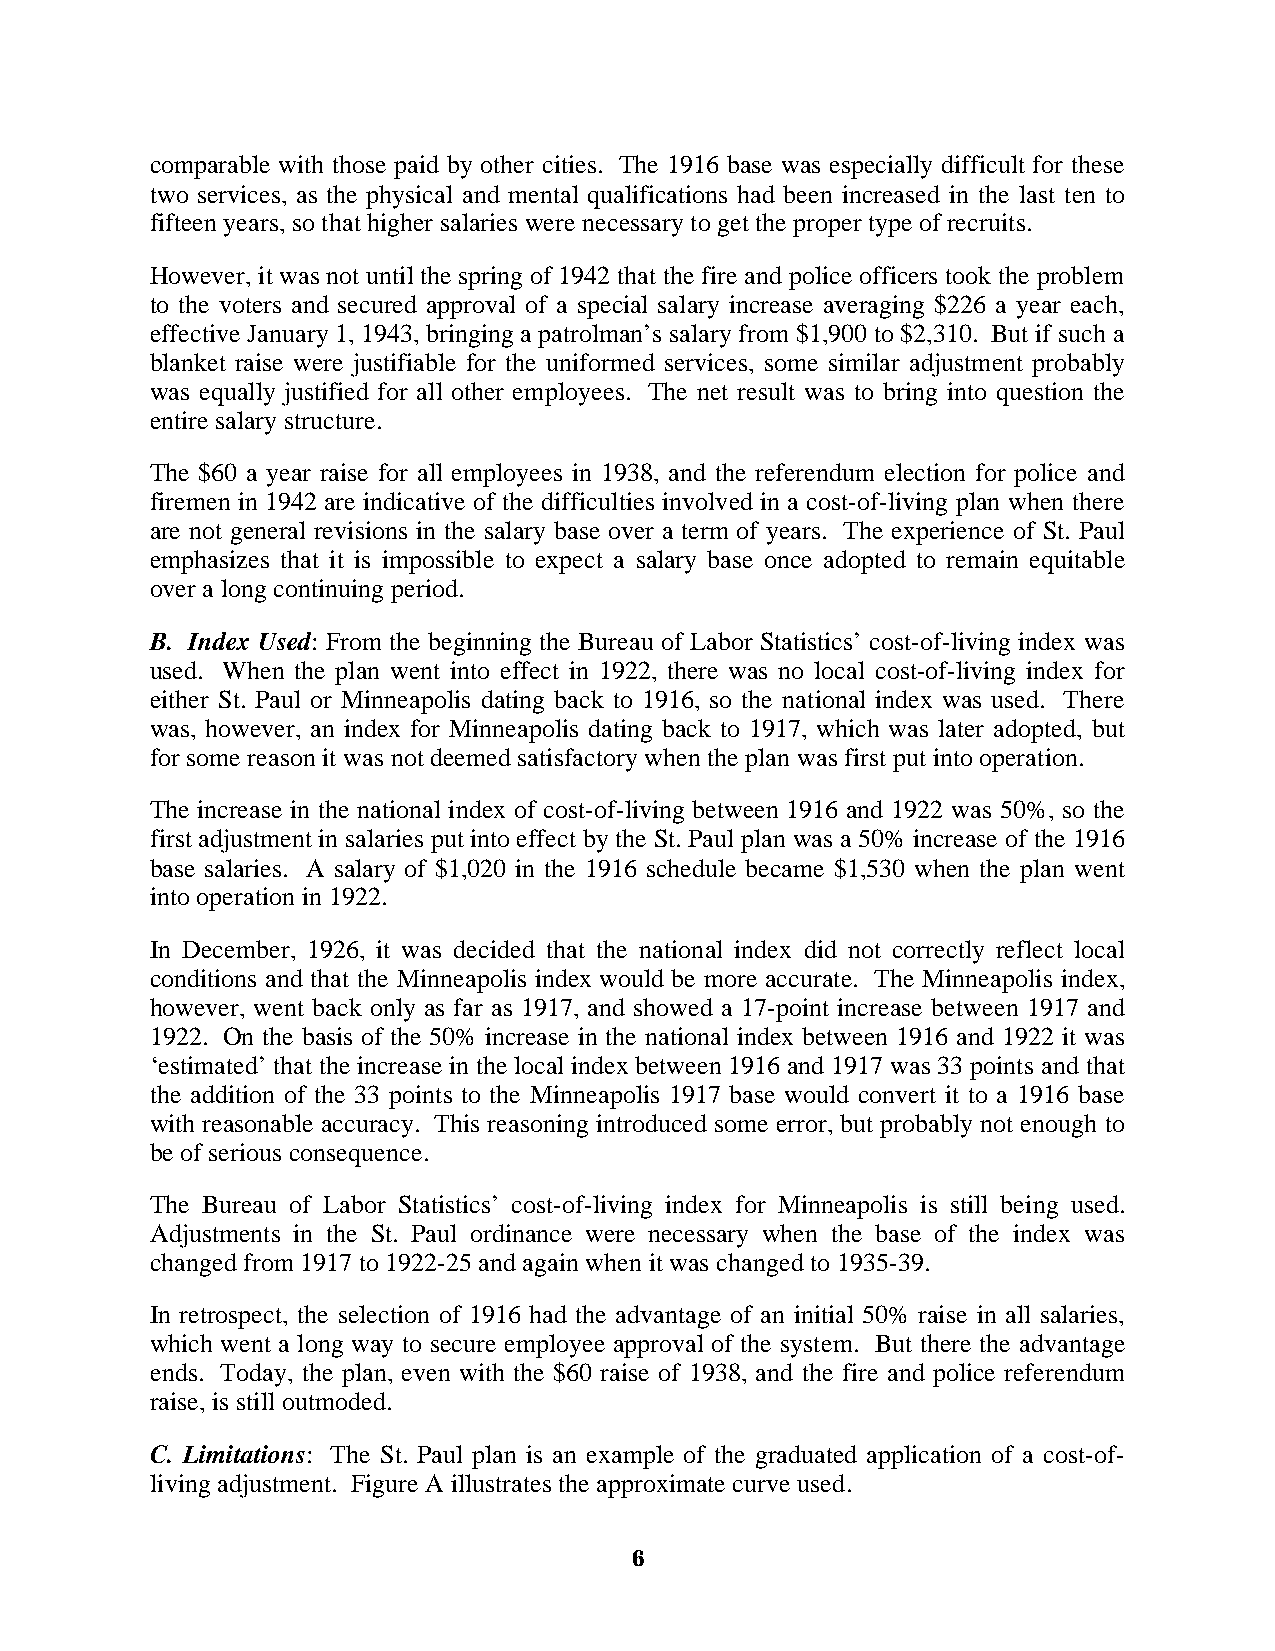
comparable with those paid by other cities. The 1916 base was especially difficult for these
 two services, as the physical and mental qualifications had been increased in the last ten to
 fifteen years, so that higher salaries were necessary to get the proper type of recruits.
 However, it was not until the spring of 1942 that the fire and police officers took the problem
 to the voters and secured approval of a special salary increase averaging $226 a year each,
 effective January 1, 1943, bringing a patrolman’s salary from $1,900 to $2,310. But if such a
 blanket raise were justifiable for the uniformed services, some similar adjustment probably
 was equally justified for all other employees. The net result was to bring into question the
 entire salary structure.
 The $60 a year raise for all employees in 1938, and the referendum election for police and
 firemen in 1942 are indicative of the difficulties involved in a cost-of-living plan when there
 are not general revisions in the salary base over a term of years. The experience of St. Paul
 emphasizes that it is impossible to expect a salary base once adopted to remain equitable
 over a long continuing period.
 B. Index Used: From the beginning the Bureau of Labor Statistics’ cost-of-living index was
 used. When the plan went into effect in 1922, there was no local cost-of-living index for
 either St. Paul or Minneapolis dating back to 1916, so the national index was used. There
 was, however, an index for Minneapolis dating back to 1917, which was later adopted, but
 for some reason it was not deemed satisfactory when the plan was first put into operation.
 The increase in the national index of cost-of-living between 1916 and 1922 was 50%, so the
 first adjustment in salaries put into effect by the St. Paul plan was a 50% increase of the 1916
 base salaries. A salary of $1,020 in the 1916 schedule became $1,530 when the plan went
 into operation in 1922.
 In December, 1926, it was decided that the national index did not correctly reflect local
 conditions and that the Minneapolis index would be more accurate. The Minneapolis index,
 however, went back only as far as 1917, and showed a 17-point increase between 1917 and
 1922. On the basis of the 50% increase in the national index between 1916 and 1922 it was
 ‘estimated’ that the increase in the local index between 1916 and 1917 was 33 points and that
 the addition of the 33 points to the Minneapolis 1917 base would convert it to a 1916 base
 with reasonable accuracy. This reasoning introduced some error, but probably not enough to
 be of serious consequence.
 The Bureau of Labor Statistics’ cost-of-living index for Minneapolis is still being used.
 Adjustments in the St. Paul ordinance were necessary when the base of the index was
 changed from 1917 to 1922-25 and again when it was changed to 1935-39.
 In retrospect, the selection of 1916 had the advantage of an initial 50% raise in all salaries,
 which went a long way to secure employee approval of the system. But there the advantage
 ends. Today, the plan, even with the $60 raise of 1938, and the fire and police referendum
 raise, is still outmoded.
 C. Limitations: The St. Paul plan is an example of the graduated application of a cost-of-
 living adjustment. Figure A illustrates the approximate curve used.
 6